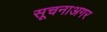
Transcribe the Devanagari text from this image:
सूचनाअगर